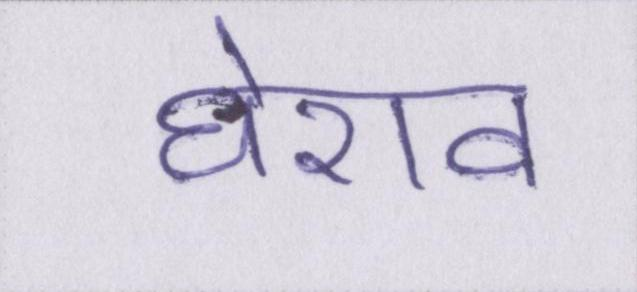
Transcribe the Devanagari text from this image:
घेराव